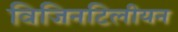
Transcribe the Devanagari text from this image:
विजिनटिलीयन